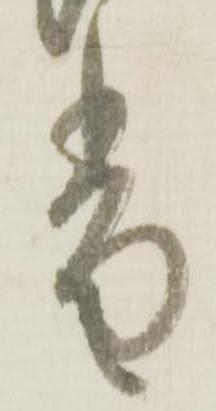
香